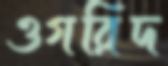
ওগরিদ